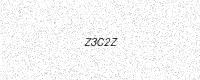
Text: Z3C2Z